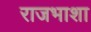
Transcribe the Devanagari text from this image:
राजभाशा